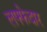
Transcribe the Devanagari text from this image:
लफ्फेदार